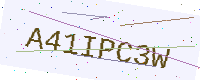
Text: A41IPC3W